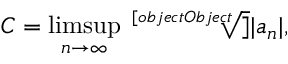
C = \operatorname* { l i m s u p } _ { n \rightarrow \infty } { \sqrt [ [object Object] ] { | a _ { n } | } } ,